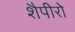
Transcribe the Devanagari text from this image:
शैपीरो